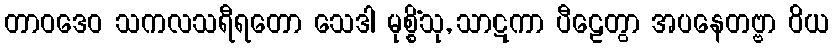
တာဝဒေဝ သကလသရီရတော သေဒါ မုစ္စိံသု, သာဋကာ ပီဠေတွာ အပနေတဗ္ဗာ ဝိယ